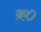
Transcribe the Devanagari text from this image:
क्र०